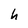
Character: h